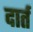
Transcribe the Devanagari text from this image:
दार्त